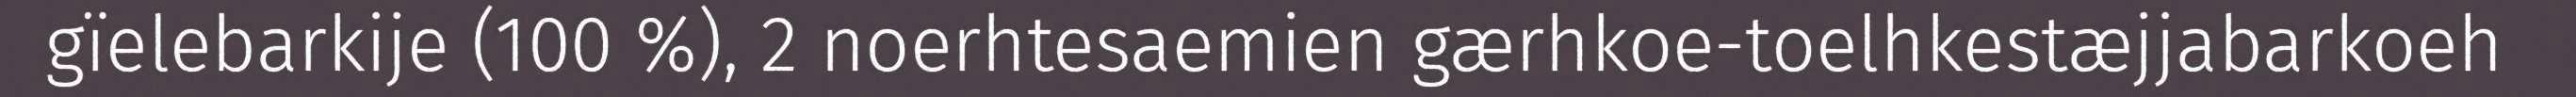
gïelebarkije (100 %), 2 noerhtesaemien gærhkoe-toelhkestæjjabarkoeh